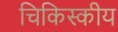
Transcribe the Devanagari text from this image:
चिकिस्कीय